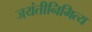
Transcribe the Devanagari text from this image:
जयंतीनिमित्य